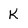
Character: K